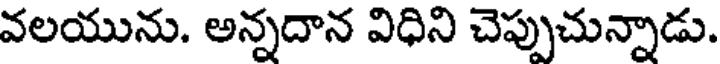
వలయును. అన్నదాన విధిని చెప్పుచున్నాడు.